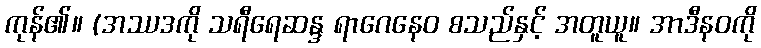
ကုန်၏။ (အဿဒကို သရီရေဆန္ဒ ရာဂေနေဝ စသည်နှင့် အတူယူ။ အာဒီနဝကို